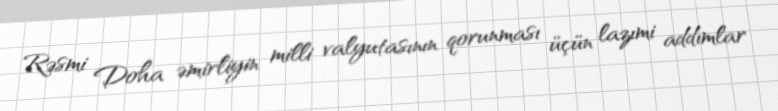
Rəsmi Doha əmirliyin milli valyutasının qorunması üçün lazımi addımlar